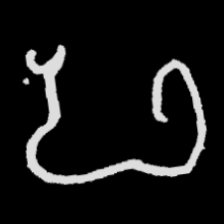
Pyu character \u2014 Myanmar letter: ဖ (romanized: pha)